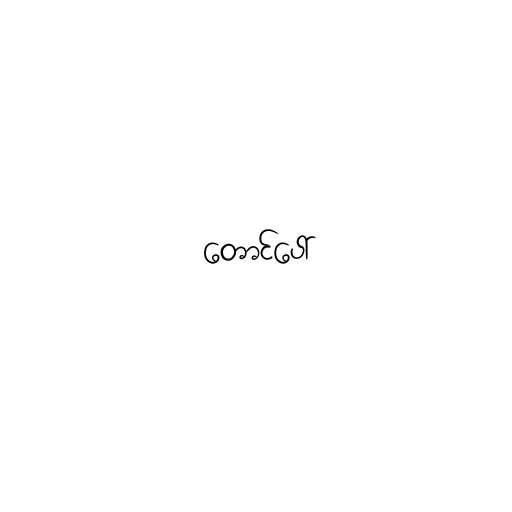
တောင်ပေါ်